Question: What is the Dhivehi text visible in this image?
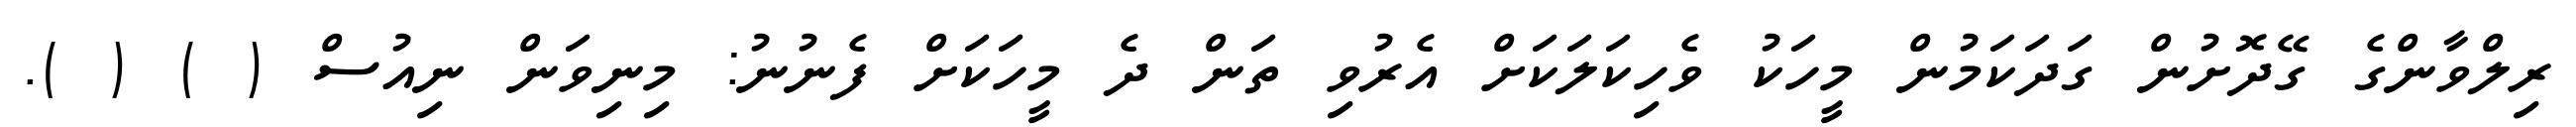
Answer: ރިލްވާންގެ ގޭދޮށުން ގަދަކަމުން މީހަކު ވެހިކަލަކަށް އެރުވި ތަން ދެ މީހަކަށް ފެނުނު: މިނިވަން ނިއުސް ( ) ( ).